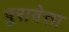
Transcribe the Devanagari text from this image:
पुरावेत्ता